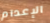
الإعدام